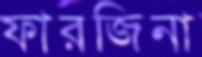
ফারজিনা